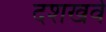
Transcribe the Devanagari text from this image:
दशखर्व